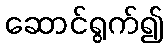
ဆောင်ရွက်၍